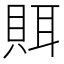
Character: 𰷀